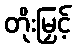
တိုးမြှင့်